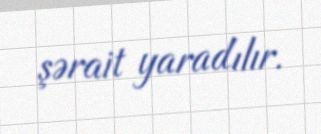
şərait yaradılır.